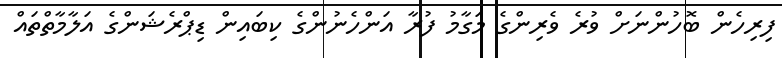
ފިރިހެން ބޮހުންނަށް ވުރެ ވެރިންގެ މަގާމު ފުރާ އަންހެނުންގެ ކިބައިން ޑިޕްރެޝަންގެ އަލާމާތްތައް